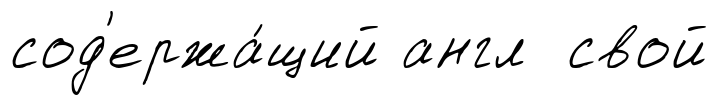
сод'ержа́щий англ свой